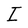
Character: I